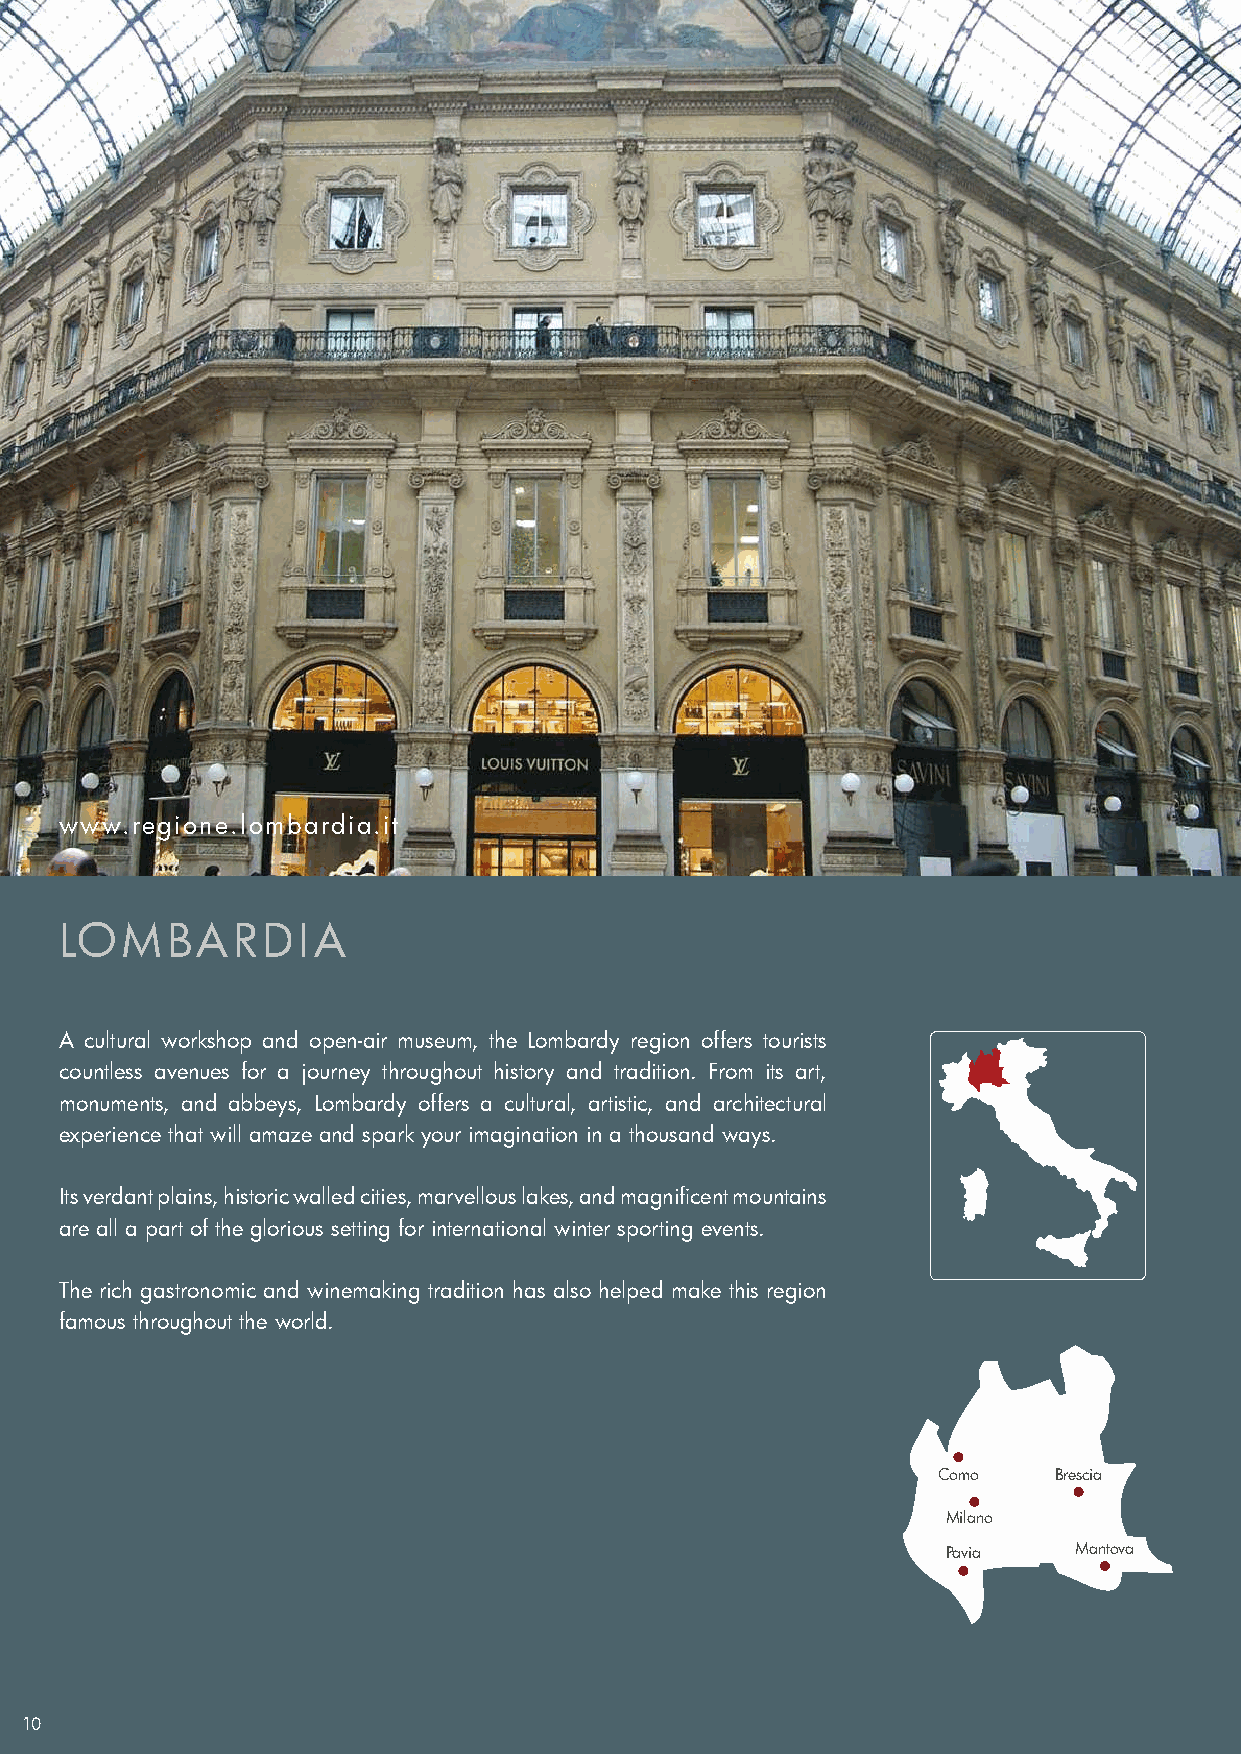
www.regione.lombardia.it
 LOMBARDIA
 A cultural workshop and open-air museum, the Lombardy region offers tourists
 countless avenues for a journey throughout history and tradition. From its art,
 monuments, and abbeys, Lombardy offers a cultural, artistic, and architectural
 experience that will amaze and spark your imagination in a thousand ways.
 Its verdant plains, historic walled cities, marvellous lakes, and magnificent mountains
 are all a part of the glorious setting for international winter sporting events.
 The rich gastronomic and winemaking tradition has also helped make this region
 famous throughout the world.
 Como    Brescia
 Milano
 Pavia   Mantova
 10